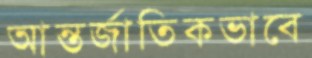
আন্তর্জাতিকভাবে